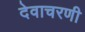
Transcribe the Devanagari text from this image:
देवाचरणी